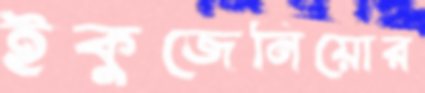
ইকুজেনিয়োর